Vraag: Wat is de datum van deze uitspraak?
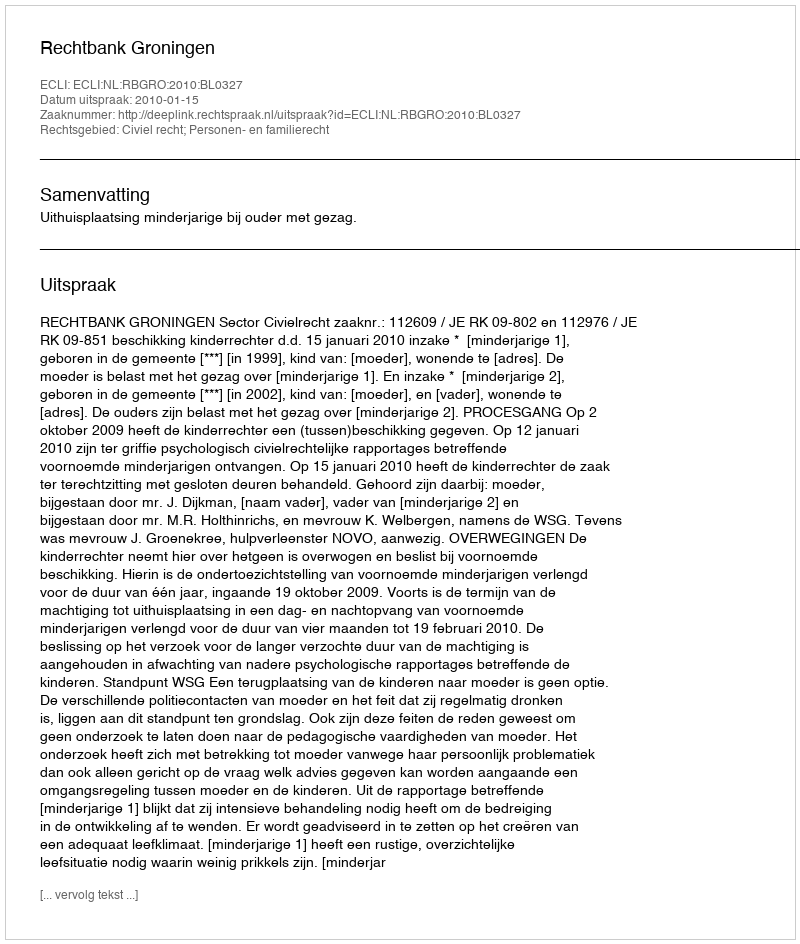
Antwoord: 2010-01-15